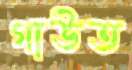
গাউত